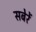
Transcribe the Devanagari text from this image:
सबेरें